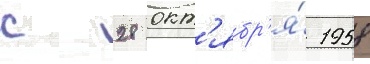
с 28 окт'ябр'я́ 1958